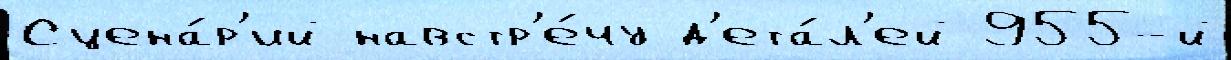
Сцена́р'ий навстр'е́чу д'ета́л'ей 955-й